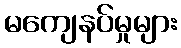
မကျေနပ်မှုများ